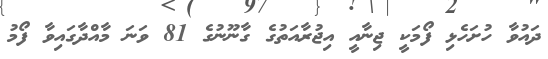
ދައުވާ ހުށަހެޅި ފޯމަކީ ޖިނާއީ އިޖުރާއަތުގެ ގާނޫނުގެ 81 ވަނަ މާއްދާގައިވާ ފޯމު